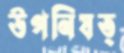
উপনিষত্